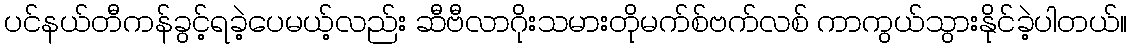
ပင်နယ်တီကန်ခွင့်ရခဲ့ပေမယ့်လည်း ဆီဗီလာဂိုးသမားတိုမက်စ်ဗက်လစ် ကာကွယ်သွားနိုင်ခဲ့ပါတယ်။